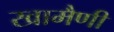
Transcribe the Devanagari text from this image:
खामैणी